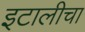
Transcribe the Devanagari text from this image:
इटालीचा